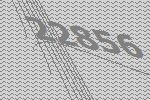
22856